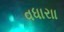
વધારાા